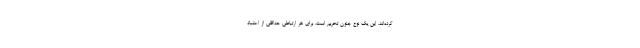
کرده‌اند. این یک نوع جنون تحریم است. برای هر ارتباطی حداقلی از اعتماد